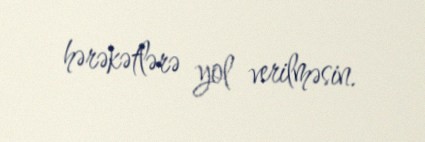
hərəkətlərə yol verilməsin.